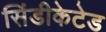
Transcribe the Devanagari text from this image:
सिंडीकेटेड